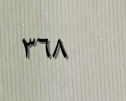
٣٦٨